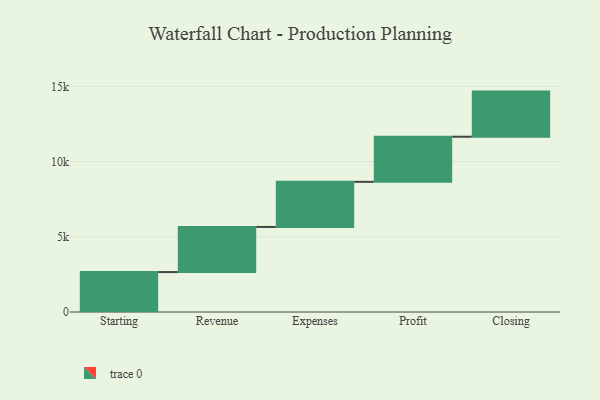
{"axis": {"x": "Step", "y": "Value"}, "legend": [""], "data": [{"x": "Starting", "y": 2654.0, "type": ""}, {"x": "Revenue", "y": 3000, "type": ""}, {"x": "Expenses", "y": 3000, "type": ""}, {"x": "Profit", "y": 3000, "type": ""}, {"x": "Closing", "y": 3000, "type": ""}]}